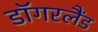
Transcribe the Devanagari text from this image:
डॉगरलैंड